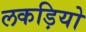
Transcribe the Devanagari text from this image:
लकड़ियो